Scottish Certificate of Education, 1962
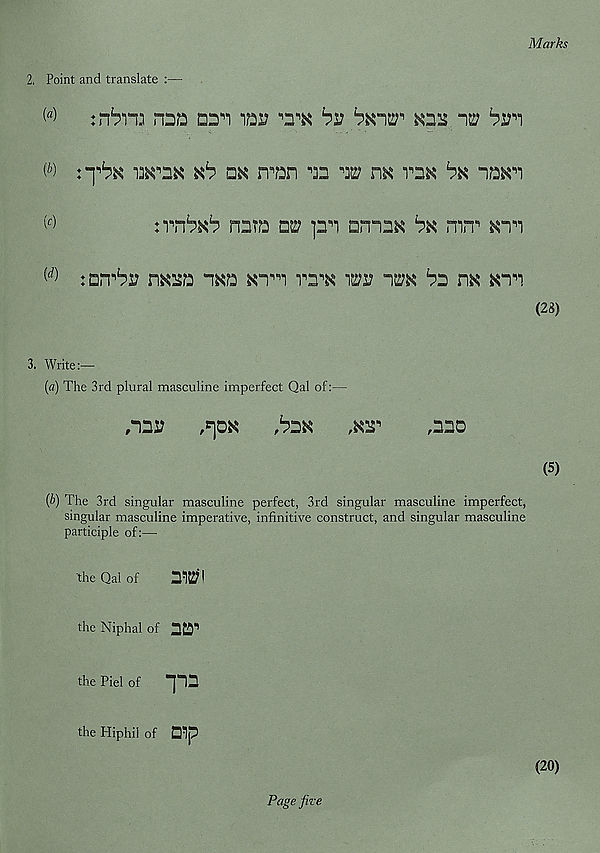
Marks
2. Point and translate :—
w
ni'i iqd
^r n i
wna
n^n n 3s ^ n^ vn«
W
:rn^ nnra
p^i amn^
m<T
(rf)
:d|i^r
i5<a
ra^ m im da n« KT’i
3. Write:—
(a) The 3rd plural masculine imperfect Qal of:—
,"ns?
,^08
,daK
,nno
(b) The 3rd singular masculine perfect, 3rd singular masculine imperfect,
singular masculine imperative, infinitive construct, and singular masculine
participle of:—
the Qal of
2^!
the Niphal of aa 11
the Piel of
T“
the Hiphil of Dip
Page five
(20)